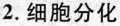
2.细胞分化